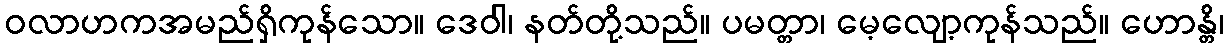
ဝလာဟကအမည်ရှိကုန်သော။ ဒေဝါ၊ နတ်တို့သည်။ ပမတ္တာ၊ မေ့လျော့ကုန်သည်။ ဟောန္တိ၊